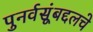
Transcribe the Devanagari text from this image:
पुनर्वसूंबद्दलचे